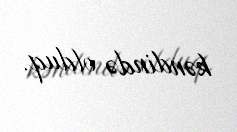
kəndində olduq.